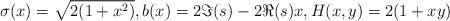
LaTeX: \begin{align*}\sigma(x)=\sqrt{2(1+x^2)}, b(x)=2\Im(s)-2\Re(s)x, H(x,y)=2(1+xy) \end{align*}